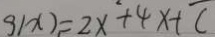
g ( x ) = 2 x ^ { 2 } + 4 x + c